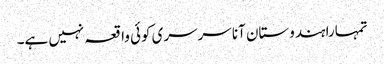
تمہارا ہندوستان آنا سرسری کوئی واقعہ نہیں ہے۔